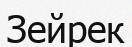
Зейрек